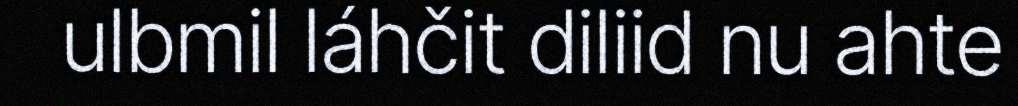
ulbmil láhčit diliid nu ahte